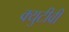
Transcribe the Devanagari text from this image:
क्युटीवी